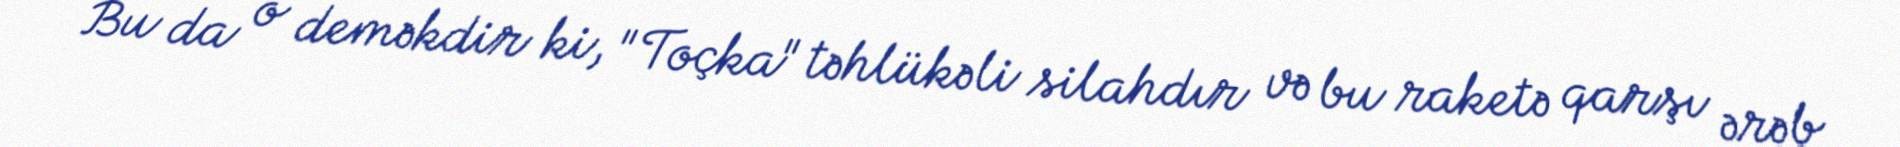
Bu da o deməkdir ki, "Toçka" təhlükəli silahdır və bu raketə qarşı ərəb